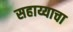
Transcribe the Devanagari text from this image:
सहाय्याचा